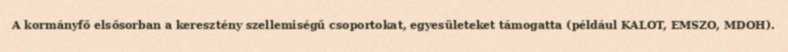
A kormányfő elsősorban a keresztény szellemiségű csoportokat, egyesületeket támogatta (például KALOT, EMSZO, MDOH).